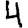
Digit: 4